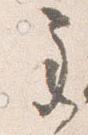
主